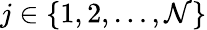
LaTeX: j\in\{ 1,2,\dots,\mathcal{N}\}